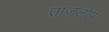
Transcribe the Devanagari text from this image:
ताजलोप